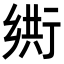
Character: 𬼴